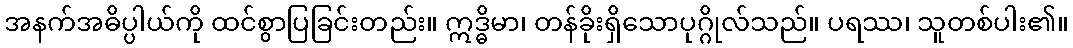
အနက်အဓိပ္ပါယ်ကို ထင်စွာပြခြင်းတည်း။ ဣဒ္ဓိမာ၊ တန်ခိုးရှိသောပုဂ္ဂိုလ်သည်။ ပရဿ၊ သူတစ်ပါး၏။